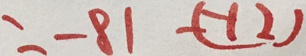
= - 8 1 - ( - 1 2 )